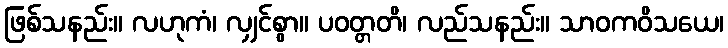
ဖြစ်သနည်း။ လဟုကံ၊ လျှင်စွာ။ ပဝတ္တတိ၊ လည်သနည်း။ သာဝကဝိသယေ၊